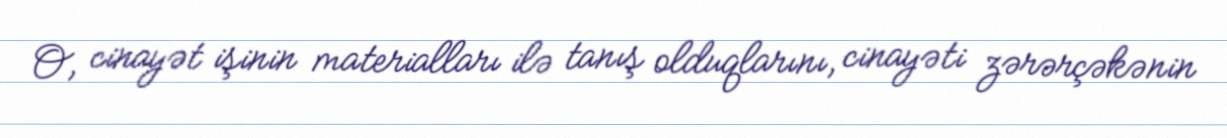
O, cinayət işinin materialları ilə tanış olduqlarını, cinayəti zərərçəkənin